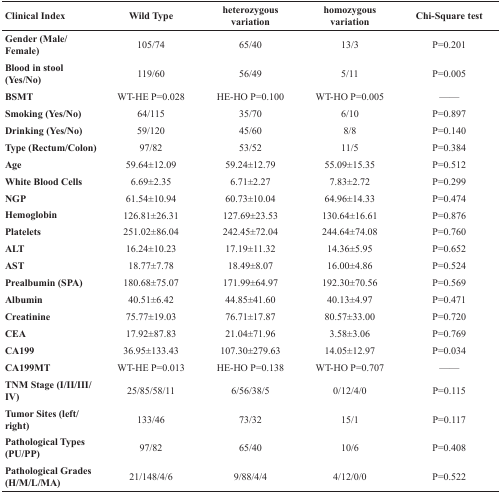
<table><thead><tr><td><b>Clinical Index</b></td><td><b>Wild Type</b></td><td><b>heterozygous variation</b></td><td><b>homozygous variation</b></td><td><b>Chi-Square test</b></td></tr></thead><tbody><tr><td><b>Gender (Male/Female)</b></td><td>105/74</td><td>65/40</td><td>13/3</td><td>P=0.201</td></tr><tr><td><b>Blood in stool (Yes/No)</b></td><td>119/60</td><td>56/49</td><td>5/11</td><td>P=0.005</td></tr><tr><td><b>BSMT</b></td><td>WT-HE P=0.028</td><td>HE-HO P=0.100</td><td>WT-HO P=0.005</td><td>——</td></tr><tr><td><b>Smoking (Yes/No)</b></td><td>64/115</td><td>35/70</td><td>6/10</td><td>P=0.897</td></tr><tr><td><b>Drinking (Yes/No)</b></td><td>59/120</td><td>45/60</td><td>8/8</td><td>P=0.140</td></tr><tr><td><b>Type (Rectum/Colon)</b></td><td>97/82</td><td>53/52</td><td>11/5</td><td>P=0.384</td></tr><tr><td><b>Age</b></td><td>59.64±12.09</td><td>59.24±12.79</td><td>55.09±15.35</td><td>P=0.512</td></tr><tr><td><b>White Blood Cells</b></td><td>6.69±2.35</td><td>6.71±2.27</td><td>7.83±2.72</td><td>P=0.299</td></tr><tr><td><b>NGP</b></td><td>61.54±10.94</td><td>60.73±10.04</td><td>64.96±14.33</td><td>P=0.474</td></tr><tr><td><b>Hemoglobin</b></td><td>126.81±26.31</td><td>127.69±23.53</td><td>130.64±16.61</td><td>P=0.876</td></tr><tr><td><b>Platelets</b></td><td>251.02±86.04</td><td>242.45±72.04</td><td>244.64±74.08</td><td>P=0.760</td></tr><tr><td><b>ALT</b></td><td>16.24±10.23</td><td>17.19±11.32</td><td>14.36±5.95</td><td>P=0.652</td></tr><tr><td><b>AST</b></td><td>18.77±7.78</td><td>18.49±8.07</td><td>16.00±4.86</td><td>P=0.524</td></tr><tr><td><b>Prealbumin (SPA)</b></td><td>180.68±75.07</td><td>171.99±64.97</td><td>192.30±70.56</td><td>P=0.569</td></tr><tr><td><b>Albumin</b></td><td>40.51±6.42</td><td>44.85±41.60</td><td>40.13±4.97</td><td>P=0.471</td></tr><tr><td><b>Creatinine</b></td><td>75.77±19.03</td><td>76.71±17.87</td><td>80.57±33.00</td><td>P=0.720</td></tr><tr><td><b>CEA</b></td><td>17.92±87.83</td><td>21.04±71.96</td><td>3.58±3.06</td><td>P=0.769</td></tr><tr><td><b>CA199</b></td><td>36.95±133.43</td><td>107.30±279.63</td><td>14.05±12.97</td><td>P=0.034</td></tr><tr><td><b>CA199MT</b></td><td>WT-HE P=0.013</td><td>HE-HO P=0.138</td><td>WT-HO P=0.707</td><td>——</td></tr><tr><td><b>TNM Stage (I/II/III/IV)</b></td><td>25/85/58/11</td><td>6/56/38/5</td><td>0/12/4/0</td><td>P=0.115</td></tr><tr><td><b>Tumor Sites (left/right)</b></td><td>133/46</td><td>73/32</td><td>15/1</td><td>P=0.117</td></tr><tr><td><b>Pathological Types (PU/PP)</b></td><td>97/82</td><td>65/40</td><td>10/6</td><td>P=0.408</td></tr><tr><td><b>Pathological Grades (H/M/L/MA)</b></td><td>21/148/4/6</td><td>9/88/4/4</td><td>4/12/0/0</td><td>P=0.522</td></tr></tbody></table>